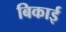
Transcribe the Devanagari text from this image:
बिकाई